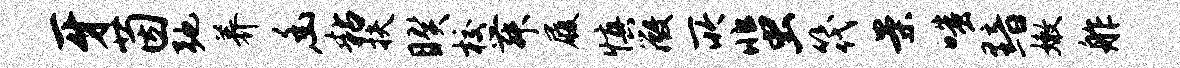
牙茵弛养幽粘扶睽校舞履慎微所蜚筏案嗤黯嫩舴